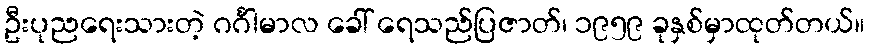
ဦးပုညရေးသားတဲ့ ဂင်္ဂါမာလ ခေါ် ရေသည်ပြဇာတ်၊ ၁၉၅၉ ခုနှစ်မှာထုတ်တယ်။